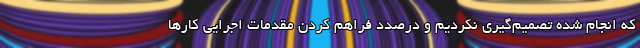
که انجام شده تصمیم‌گیری نکردیم و درصدد فراهم کردن مقدمات اجرایی کارها